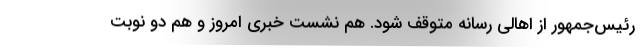
رئیس‌جمهور از اهالی رسانه متوقف شود. هم نشست خبری امروز و هم دو نوبت